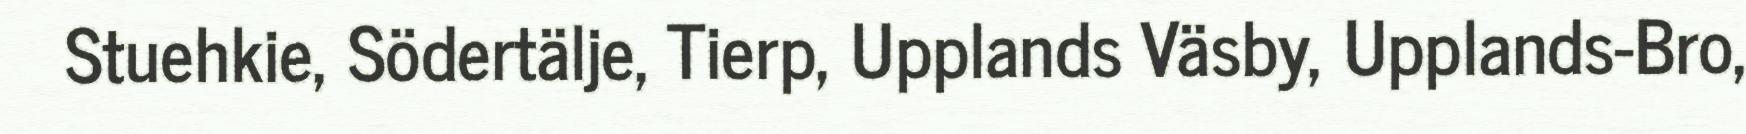
Stuehkie, Södertälje, Tierp, Upplands Väsby, Upplands-Bro,